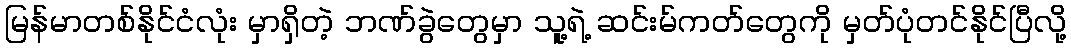
မြန်မာတစ်နိုင်ငံလုံး မှာရှိတဲ့ ဘဏ်ခွဲတွေမှာ သူ့ရဲ့ ဆင်းမ်ကတ်တွေကို မှတ်ပုံတင်နိုင်ပြီလို့